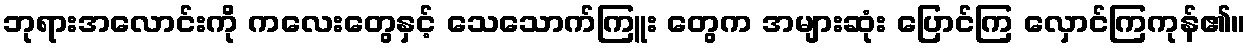
ဘုရားအလောင်းကို ကလေးတွေနှင့် သေသောက်ကြူး တွေက အများဆုံး ပြောင်ကြ လှောင်ကြကုန်၏။